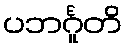
ပဘင်္ဂူတိ